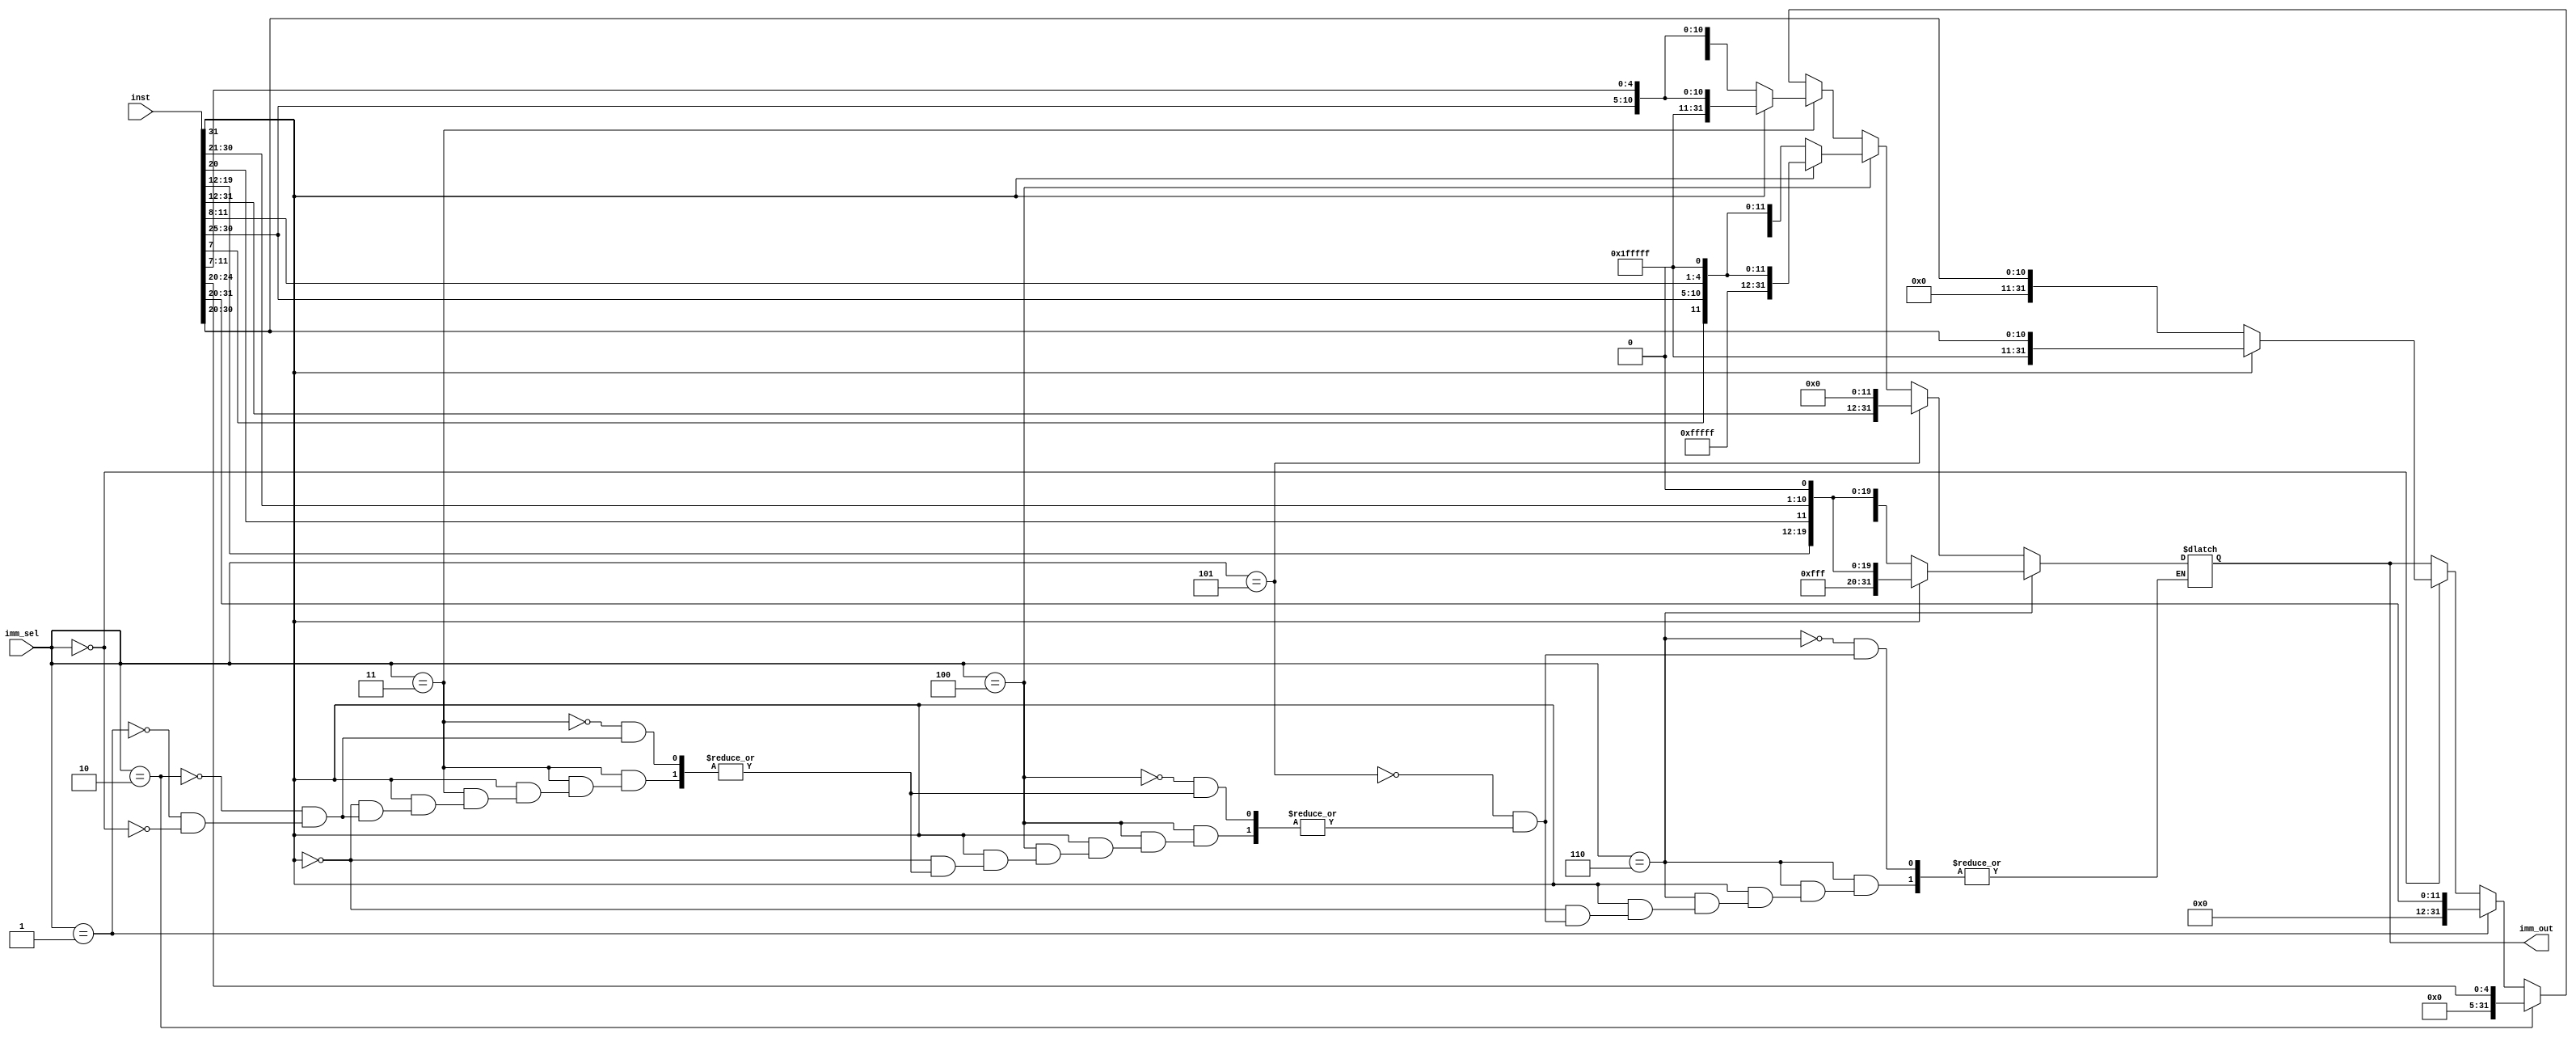
module ImmGen (imm_sel, inst, imm_out);
input [31:0]inst;
input [2:0]imm_sel;
output reg [31:0]imm_out;
always@(inst,imm_sel) begin
    if (imm_sel == 3'b000) begin
	    if (inst[31] == 1'b0) begin
	    imm_out = {20'b00000000000000000000, inst[31:20]};
		end
	    else if (inst[31] == 1'b1) begin
		imm_out = {20'b11111111111111111111, inst[31:20]};
		end
	end
	if (imm_sel == 3'b001) begin
	    imm_out = {20'b00000000000000000000, inst[31:20]};
    end 
    if (imm_sel == 3'b010) begin		
	    imm_out = {27'b000000000000000000000000000, inst[24:20]};
	end
	if (imm_sel == 3'b011) begin
        if (inst[31] == 1'b0) begin
	    imm_out = {20'b00000000000000000000, inst[31:25],inst[11:7]};
		end
	    else if (inst[31] == 1'b1) begin
		imm_out = {20'b11111111111111111111, inst[31:25],inst[11:7]};
		end
	end
	if (imm_sel == 3'b100) begin
	    if (inst[31] == 1'b0) begin
	    imm_out = {19'b0000000000000000000, inst[31],inst[7],inst[30:25], inst[11:8], 1'b0};
		end
	    else if (inst[31] == 1'b1) begin
		imm_out = {19'b1111111111111111111, inst[31],inst[7],inst[30:25], inst[11:8], 1'b0};
		end
	end
	if (imm_sel == 3'b101) begin
	    imm_out = {inst[31:12], 12'b000000000000};
	end
	if (imm_sel == 3'b110) begin
	    if (inst[31] == 1'b0) begin
	    imm_out = {11'b00000000000, inst[31],inst[19:12],inst[20], inst[30:21], 1'b0};
		end
	    else if (inst[31] == 1'b1) begin
		imm_out = {11'b11111111111, inst[31],inst[19:12],inst[20], inst[30:21], 1'b0};
		end
	end

end
endmodule